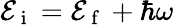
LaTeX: \mathcal{E}_{\mathrm{~i~}}=\mathcal{E}_{\mathrm{~f~}}+\hbar\omega